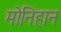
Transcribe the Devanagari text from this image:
मोनिहान